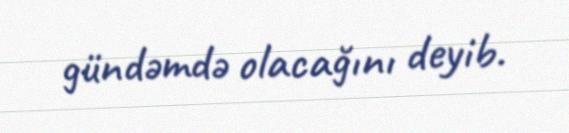
gündəmdə olacağını deyib.